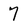
Character: 7